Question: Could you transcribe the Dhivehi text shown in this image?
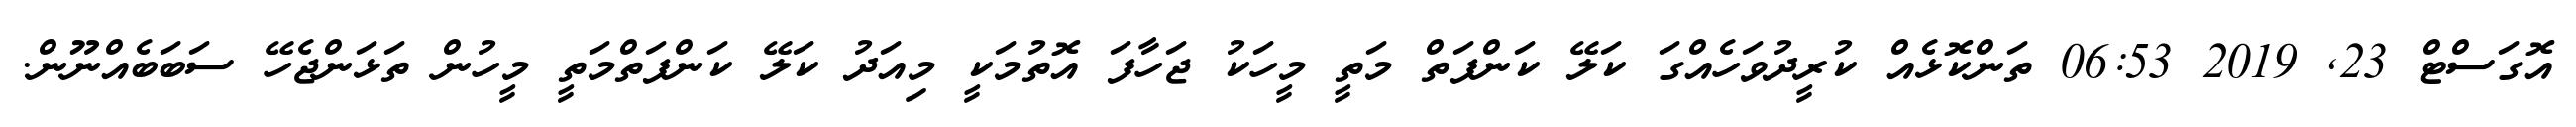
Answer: އޮގަސްޓް 23, 2019 06:53 ތަންކޮޅެއް ކުރީދުވަހެއްގަ ކަލޭ ކަންފަތް މަތީ މީހަކު ޖަހާފަ އޮތުމަކީ މިއަދު ކަލޭ ކަންފަތްމަތީ މީހުން ތަޅަންޖެހޭ ސަބަބެއްނޫން.